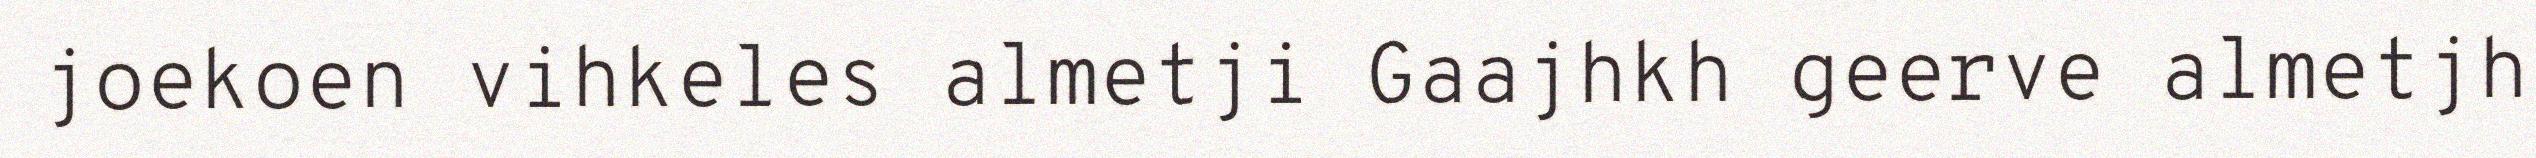
joekoen vihkeles almetji Gaajhkh geerve almetjh